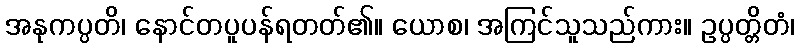
အနုကပ္ပတိ၊ နောင်တပူပန်ရတတ်၏။ ယောစ၊ အကြင်သူသည်ကား။ ဥပ္ပတ္တိတံ၊